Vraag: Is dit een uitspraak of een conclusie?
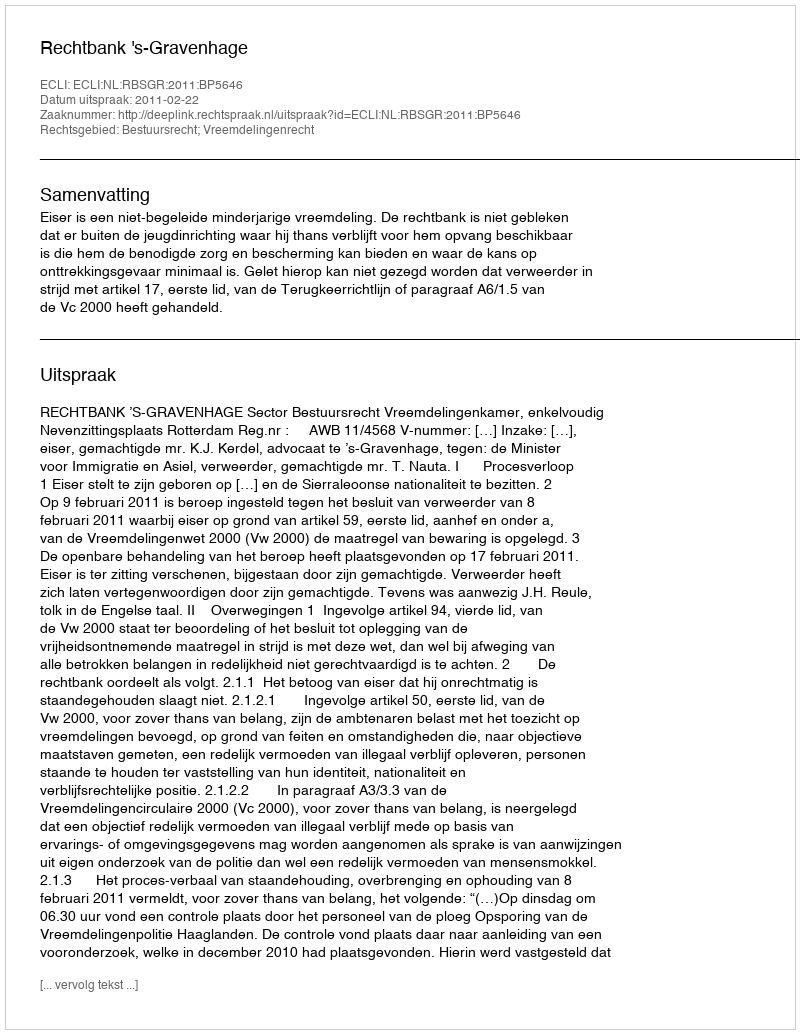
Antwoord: Uitspraak